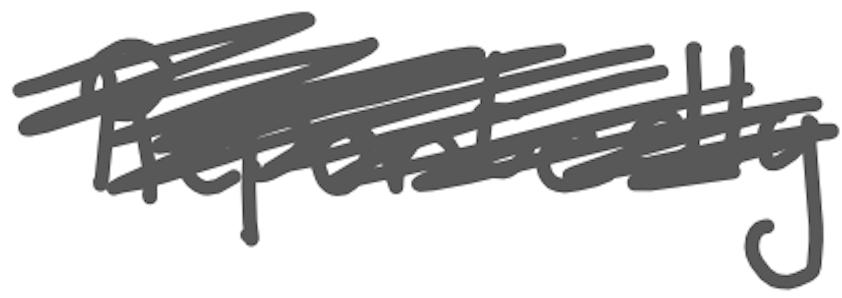
Text: Reportedly
Cross-out: mix
Writing tool: digital_gray